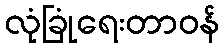
လုံခြုံရေးတာဝန်